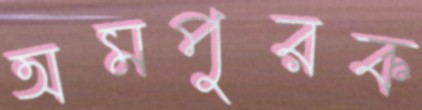
অমপুরক